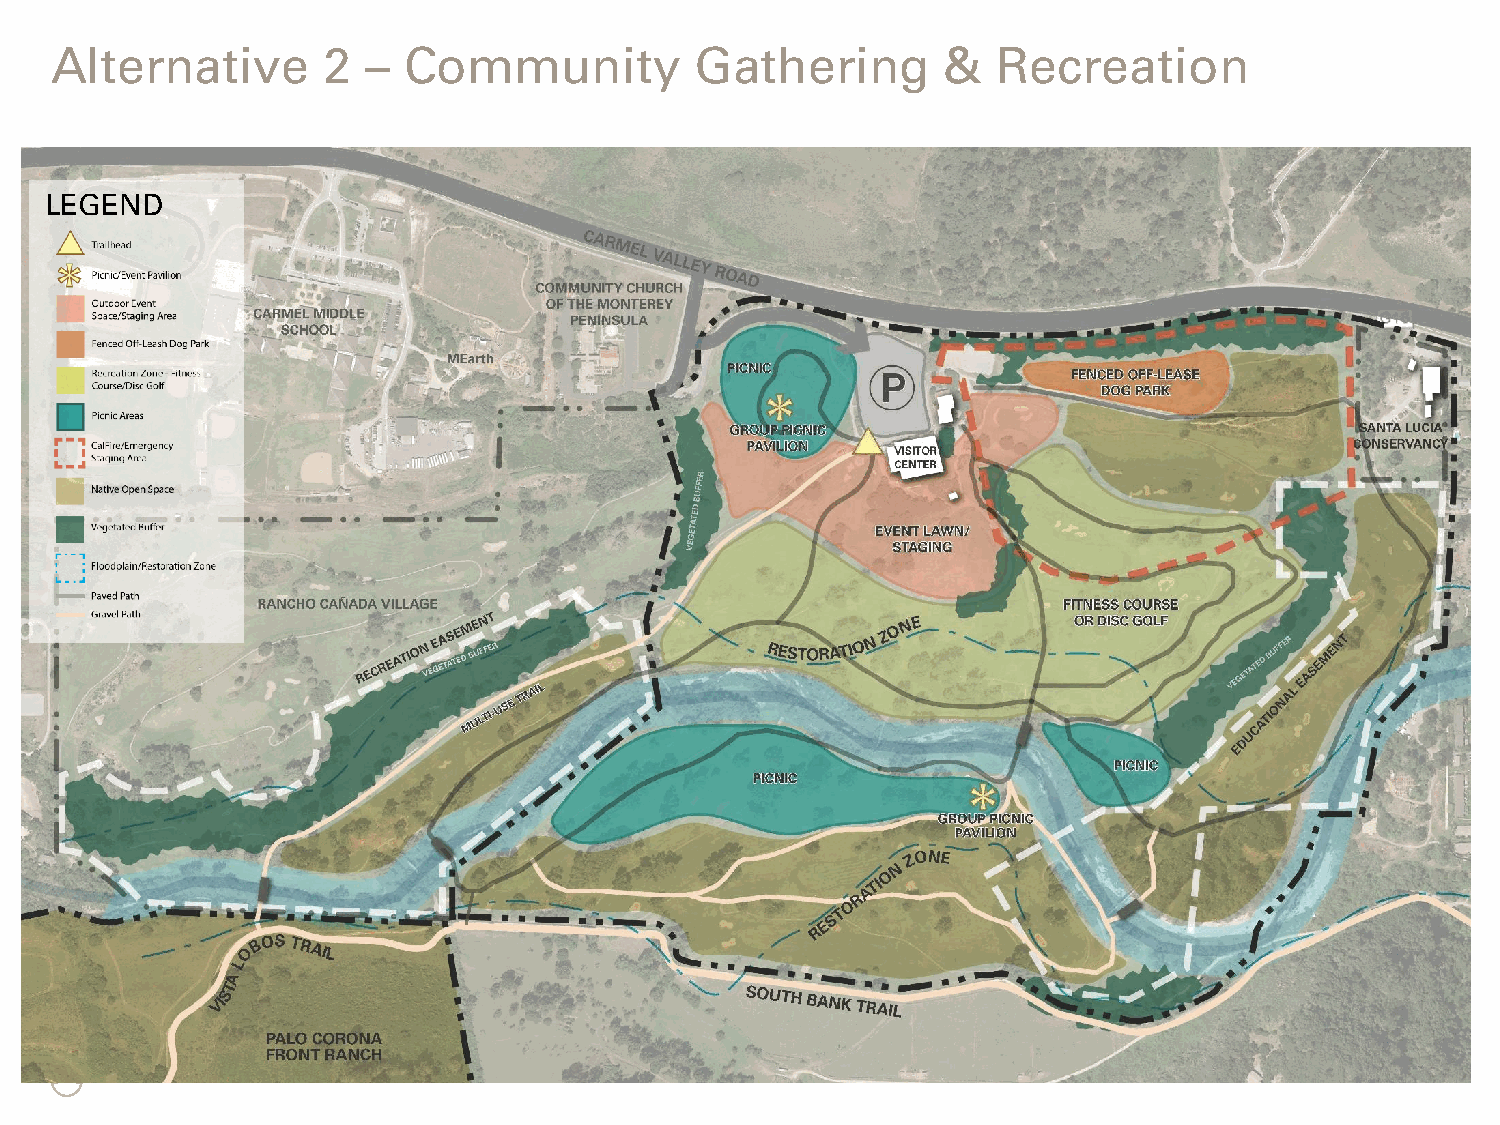
Alternative       2  –  Community          Gathering        &  Recreation
 LEGEND